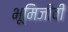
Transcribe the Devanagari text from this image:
भूमिजीवी